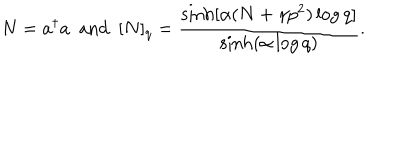
LaTeX: N = a ^ { \dagger } a ~ ~ \mathrm { a n d } ~ ~ [ N ] _ { q } = \frac { \sinh [ \alpha ( N + \gamma p ^ { 2 } ) \log q ] } { \sinh ( \alpha \log q ) } .